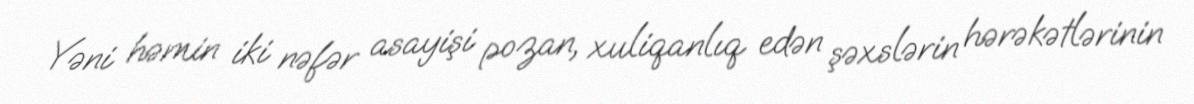
Yəni həmin iki nəfər asayişi pozan, xuliqanlıq edən şəxslərin hərəkətlərinin